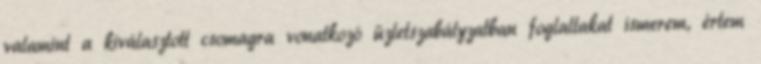
valamint a kiválasztott csomagra vonatkozó üzletszabályzatban foglaltakat ismerem, értem